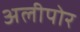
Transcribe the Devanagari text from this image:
अलीपोर